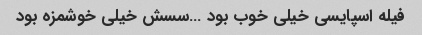
فیله اسپایسی خیلی خوب بود …سسش خیلی خوشمزه بود